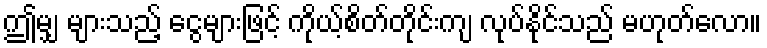
ဤမျှ များသည့် ငွေများဖြင့် ကိုယ့်စိတ်တိုင်းကျ လုပ်နိုင်သည် မဟုတ်လော။